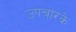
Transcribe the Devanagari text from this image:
उपचारके